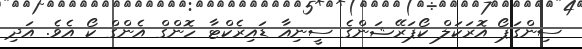
ސިންގަޕޯ އޮރަކަލް ކޯޕަރޭޝަންގެ ސީނިއާ ޑައިރެކްޓާ ހޮންގް އެންގް ކޯ އެވެ. އަދި